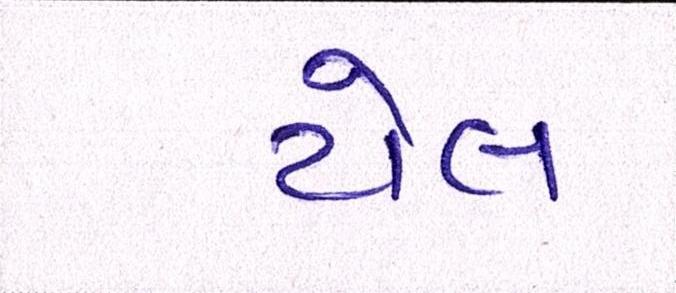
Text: ટોલ